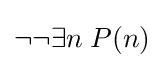
\neg \neg \exists n\;P(n)